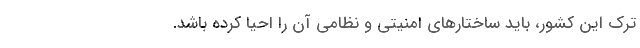
ترك اين كشور، بايد ساختارهاي امنيتي و نظامي آن را احيا كرده باشد.